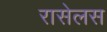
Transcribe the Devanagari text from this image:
रासेलस